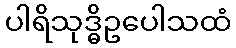
ပါရိသုဒ္ဓိဥပေါသထံ